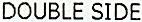
DOUBLE SIDE